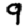
Digit: 9